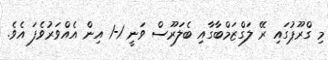
މި ގްރޫޕުގައި ރޭ ލަގްޒަމްބާގާއި ބެލަރޫސް ވަނީ 1-1 އިން އެއްވަރުވެފަ އެވެ.